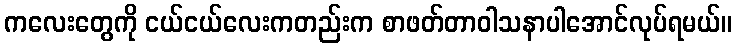
ကလေးတွေကို ငယ်ငယ်လေးကတည်းက စာဖတ်တာဝါသနာပါအောင်လုပ်ရမယ်။